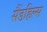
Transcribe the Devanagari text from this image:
सैंडहिल्स